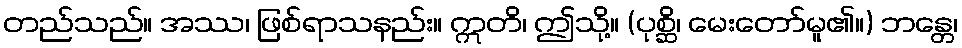
တည်သည်။ အဿ၊ ဖြစ်ရာသနည်း။ ဣတိ၊ ဤသို့။ (ပုစ္ဆိ၊ မေးတော်မူ၏။) ဘန္တေ၊